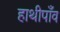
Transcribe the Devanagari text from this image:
हाथीपाँव